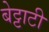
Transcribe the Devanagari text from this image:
बेट्टाटी